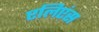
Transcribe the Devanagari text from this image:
एलिएंस